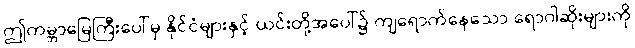
ဤကမ္ဘာမြေကြီးပေါ်မှ နိုင်ငံများနှင့် ယင်းတို့အပေါ်၌ ကျရောက်နေသော ရောဂါဆိုးများကို